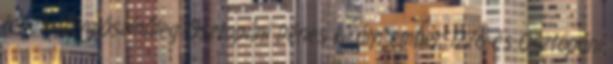
lehetett valószínűleg Osztopáni Dénes királyi ember 1276 és Osztopáni